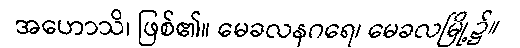
အဟောသိ၊ ဖြစ်၏။ မေခလနဂရေ၊ မေခလမြို့၌။